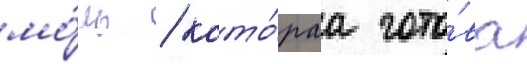
мо́ль / кото́раа гото́ва